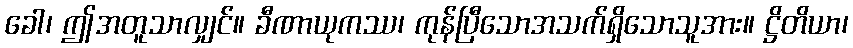
ခေါ၊ ဤအတူသာလျှင်။ ခီဏာယုကဿ၊ ကုန်ပြီသောအသက်ရှိသောသူအား။ ဋ္ဌိတိယာ၊